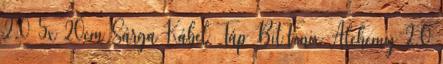
2.0 5x 20cm Sárga Kábel Táp BitFenix Alchemy 2.0